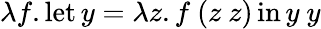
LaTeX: \lambda f.\operatorname{let}y=\lambda z.f\ (z\ z)\operatorname{in}y\ y